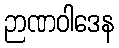
ဉာဏဝါဒေန